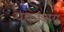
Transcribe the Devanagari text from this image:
पकाशय